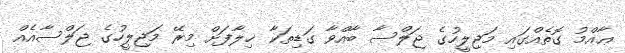
ޢާއްމު ގޮތެއްގައި މަޖިލީހުގެ ޖަލްސާ ބާއްވާ ގަޑިތަކާ ޚިލާފަށް މިރޭ މަޖިލީހުގެ ޖަލްސާއެއް